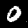
Label: 0